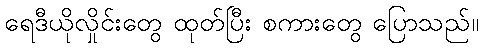
ရေဒီယိုလှိုင်းတွေ ထုတ်ပြီး စကားတွေ ပြောသည်။